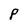
Character: P